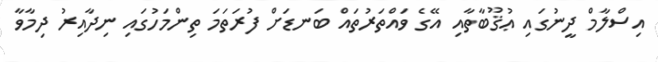
އިސްލާމް ދީނުގައި ޢުޤޫބާތާއި އޭގެ ވައްތަރުތައް ބަނޑަށް ފުރަތަމަ ތިންމަހުގައި ނިދާއިރު ދިމާވާ